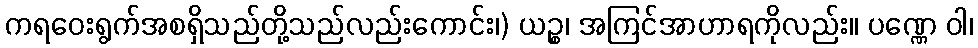
ကရဝေးရွက်အစရှိသည်တို့သည်လည်းကောင်း၊) ယဉ္စ၊ အကြင်အာဟာရကိုလည်း။ ပဏ္ဏေ ဝါ၊